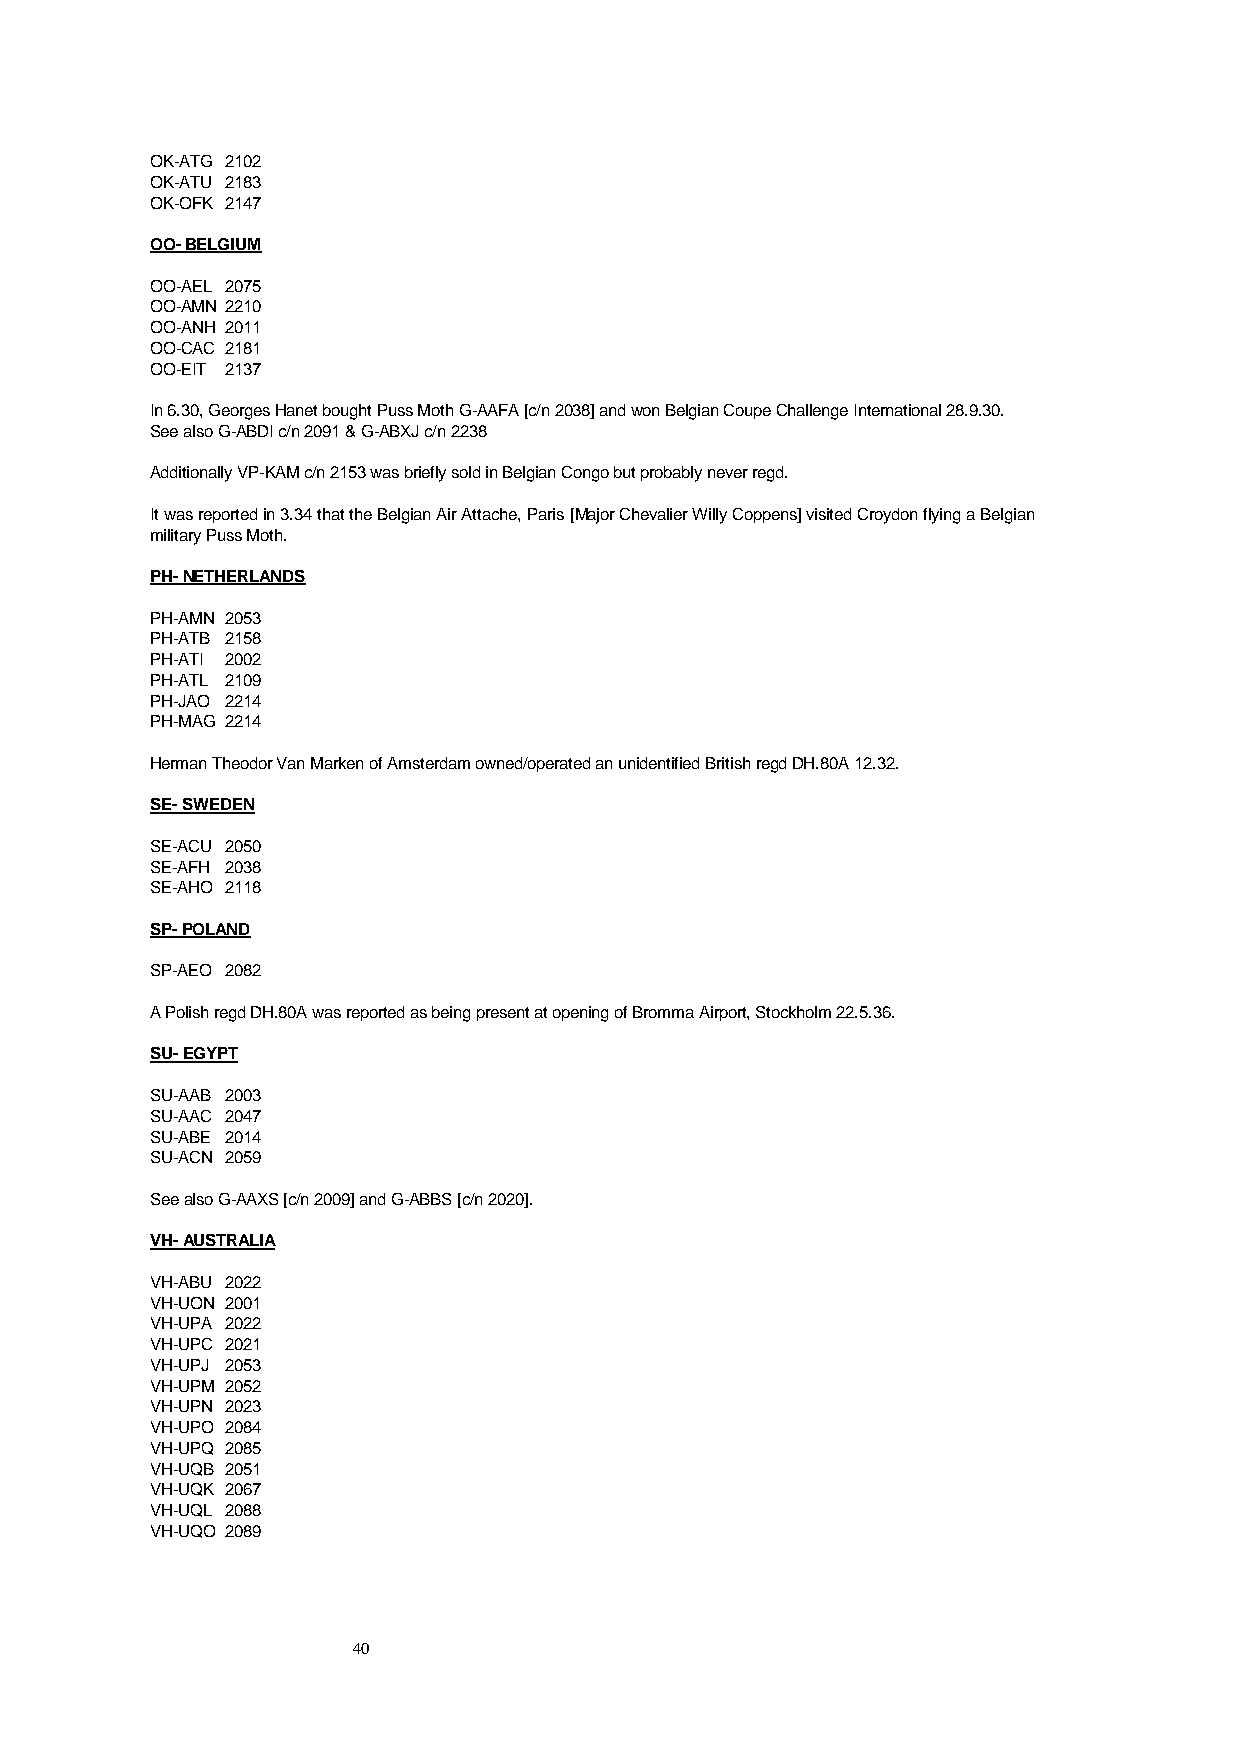
OK-ATG 2102
 OK-ATU 2183
 OK-OFK 2147
 OO- BELGIUM
 OO-AEL 2075
 OO-AMN 2210
 OO-ANH 2011
 OO-CAC 2181
 OO-EIT 2137
 In 6.30, Georges Hanet bought Puss Moth G-AAFA [c/n 2038] and won Belgian Coupe Challenge International 28.9.30.
 See also G-ABDI c/n 2091 & G-ABXJ c/n 2238
 Additionally VP-KAM c/n 2153 was briefly sold in Belgian Congo but probably never regd.
 It was reported in 3.34 that the Belgian Air Attache, Paris [Major Chevalier Willy Coppens] visited Croydon flying a Belgian
 military Puss Moth.
 PH- NETHERLANDS
 PH-AMN 2053
 PH-ATB 2158
 PH-ATI 2002
 PH-ATL 2109
 PH-JAO 2214
 PH-MAG 2214
 Herman Theodor Van Marken of Amsterdam owned/operated an unidentified British regd DH.80A 12.32.
 SE- SWEDEN
 SE-ACU 2050
 SE-AFH 2038
 SE-AHO 2118
 SP- POLAND
 SP-AEO 2082
 A Polish regd DH.80A was reported as being present at opening of Bromma Airport, Stockholm 22.5.36.
 SU- EGYPT
 SU-AAB 2003
 SU-AAC 2047
 SU-ABE 2014
 SU-ACN 2059
 See also G-AAXS [c/n 2009] and G-ABBS [c/n 2020].
 VH- AUSTRALIA
 VH-ABU 2022
 VH-UON 2001
 VH-UPA 2022
 VH-UPC 2021
 VH-UPJ 2053
 VH-UPM 2052
 VH-UPN 2023
 VH-UPO 2084
 VH-UPQ 2085
 VH-UQB 2051
 VH-UQK 2067
 VH-UQL 2088
 VH-UQO 2089
 40